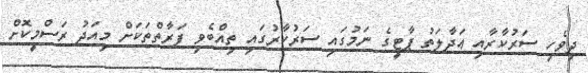
ދިވެހި ސަރުކާރާއި ޢަދާލަތު ޕާޓީގެ ނަމުގައި ސަރުކާރުގައި ތިއްބެވި ފަރާތްތަކަށް މިއަދު ރަސްމީކޮށް